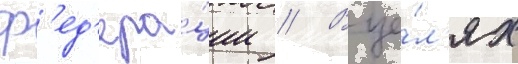
ф'ед'ера́ции // В це́л'ях